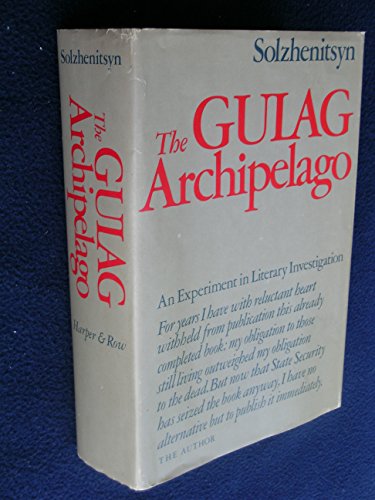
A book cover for The Gulag Archipelago, 1918-1956: An Experiment in Literary Investigation; Aleksandr Isaevich Solzhenitsyn; Law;